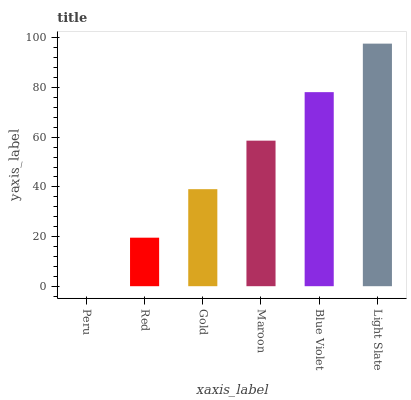
| xaxis_label | bars |
 | --- | --- |
 | Peru | 0 |
 | Red | 19.5 |
 | Gold | 39.1 |
 | Maroon | 58.6 |
 | Blue Violet | 78.2 |
 | Light Slate | 97.7 |